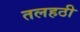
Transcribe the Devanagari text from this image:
तलहठी